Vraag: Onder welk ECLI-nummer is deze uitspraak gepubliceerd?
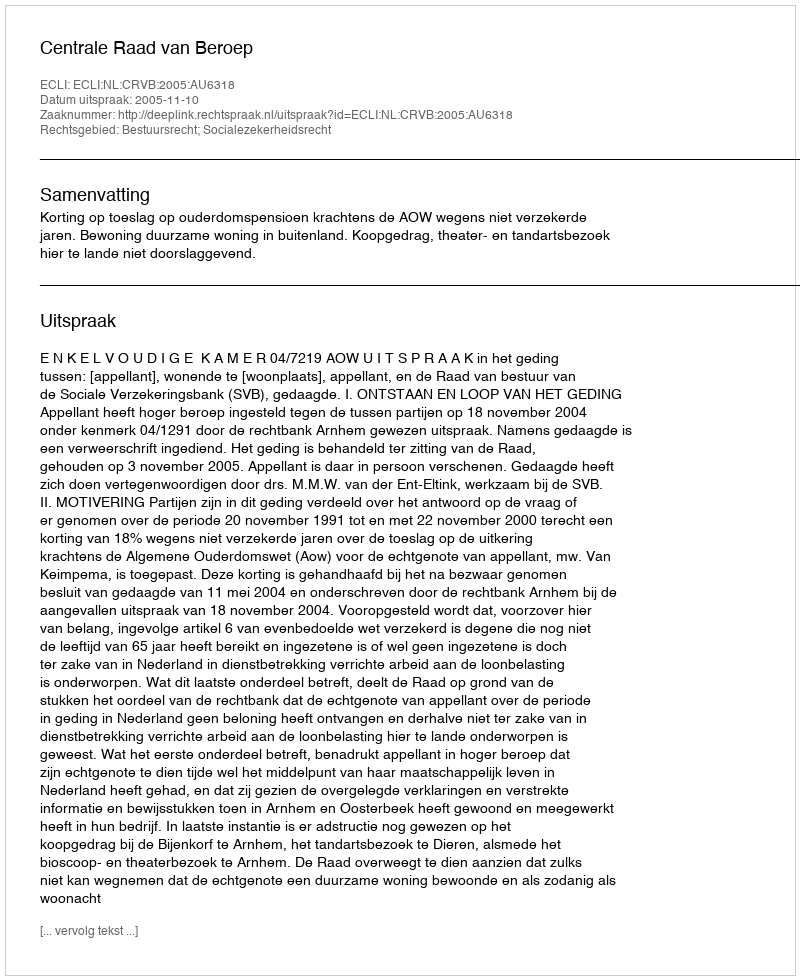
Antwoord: ECLI:NL:CRVB:2005:AU6318